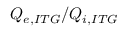
Q _ { e , I T G } / Q _ { i , I T G }